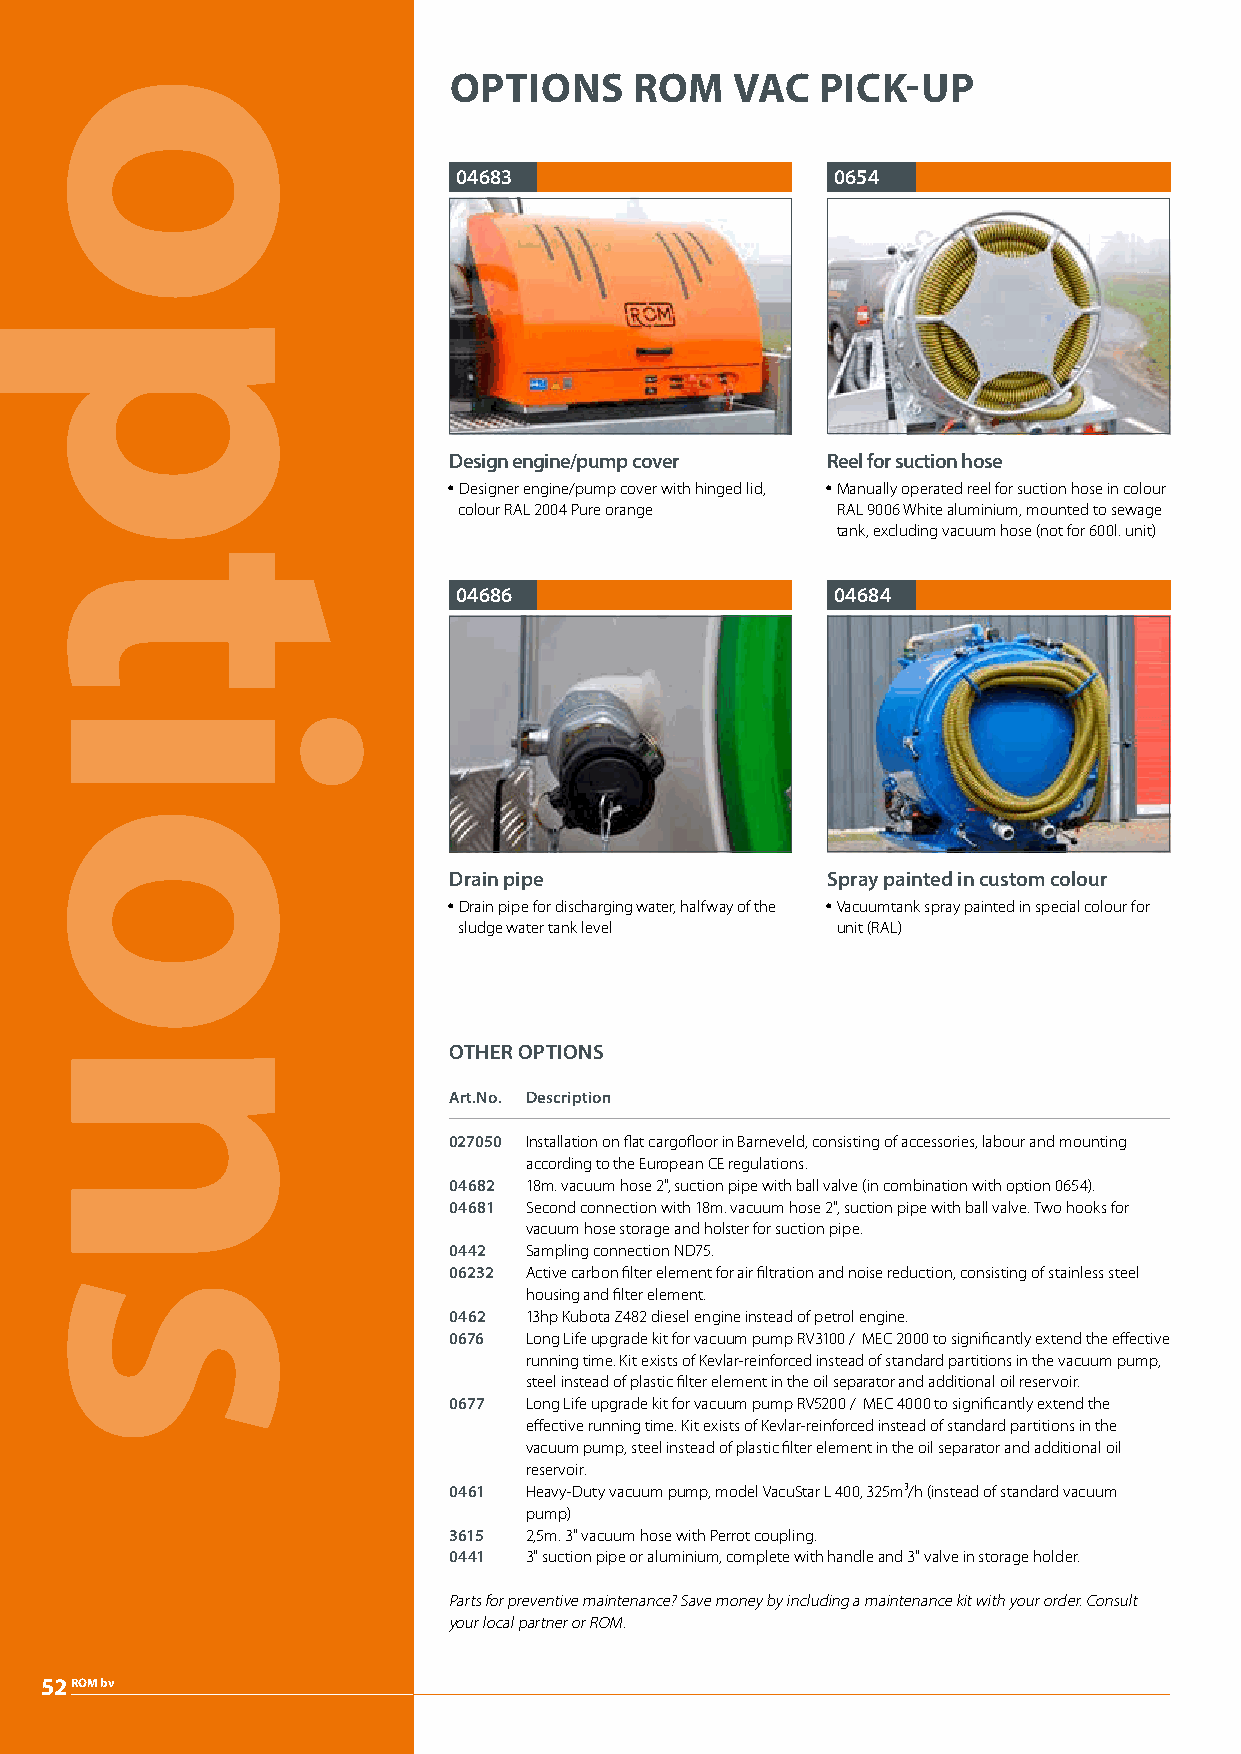
OPTIONS     ROM    VAC  PICK-UP
 04683                    0654
 Design engine/pump cover Reel for suction hose
 y Designer engine/pump cover with hinged lid, y Manually operated reel for suction hose in colour
 colour RAL 2004 Pure orange RAL 9006 White aluminium, mounted to sewage
 tank, excluding vacuum hose (not for 600l. unit)
 04686                    04684
 Drain pipe               Spray painted in custom colour
 y Drain pipe for discharging water, halfway of the y Vacuumtank spray painted in special colour for
 sludge water tank level  unit (RAL)
 OTHER OPTIONS
 Art.No. Description
 027050 Installation on flat cargofloor in Barneveld, consisting of accessories, labour and mounting
 according to the European CE regulations.
 04682 18m. vacuum hose 2", suction pipe with ball valve (in combination with option 0654).
 04681 Second connection with 18m. vacuum hose 2", suction pipe with ball valve. Two hooks for
 vacuum hose storage and holster for suction pipe.
 0442 Sampling connection ND75.
 06232 Active carbon filter element for air filtration and noise reduction, consisting of stainless steel
 housing and filter element.
 0462 13hp Kubota Z482 diesel engine instead of petrol engine.
 0676 Long Life upgrade kit for vacuum pump RV3100 / MEC 2000 to significantly extend the effective
 running time. Kit exists of Kevlar-reinforced instead of standard partitions in the vacuum pump,
 steel instead of plastic filter element in the oil separator and additional oil reservoir.
 0677 Long Life upgrade kit for vacuum pump RV5200 / MEC 4000 to significantly extend the
 effective running time. Kit exists of Kevlar-reinforced instead of standard partitions in the
 vacuum pump, steel instead of plastic filter element in the oil separator and additional oil
 reservoir.
 0461 Heavy-Duty vacuum pump, model VacuStar L 400, 325m³/h (instead of standard vacuum
 pump)
 3615 2,5m. 3" vacuum hose with Perrot coupling.
 0441 3" suction pipe or aluminium, complete with handle and 3" valve in storage holder.
 Parts for preventive maintenance? Save money by including a maintenance kit with your order. Consult
 your local partner or ROM.
 52ROM bv
 options